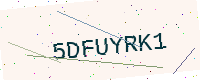
Text: 5DFUYRK1